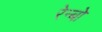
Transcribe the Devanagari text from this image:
रेन्‍बो